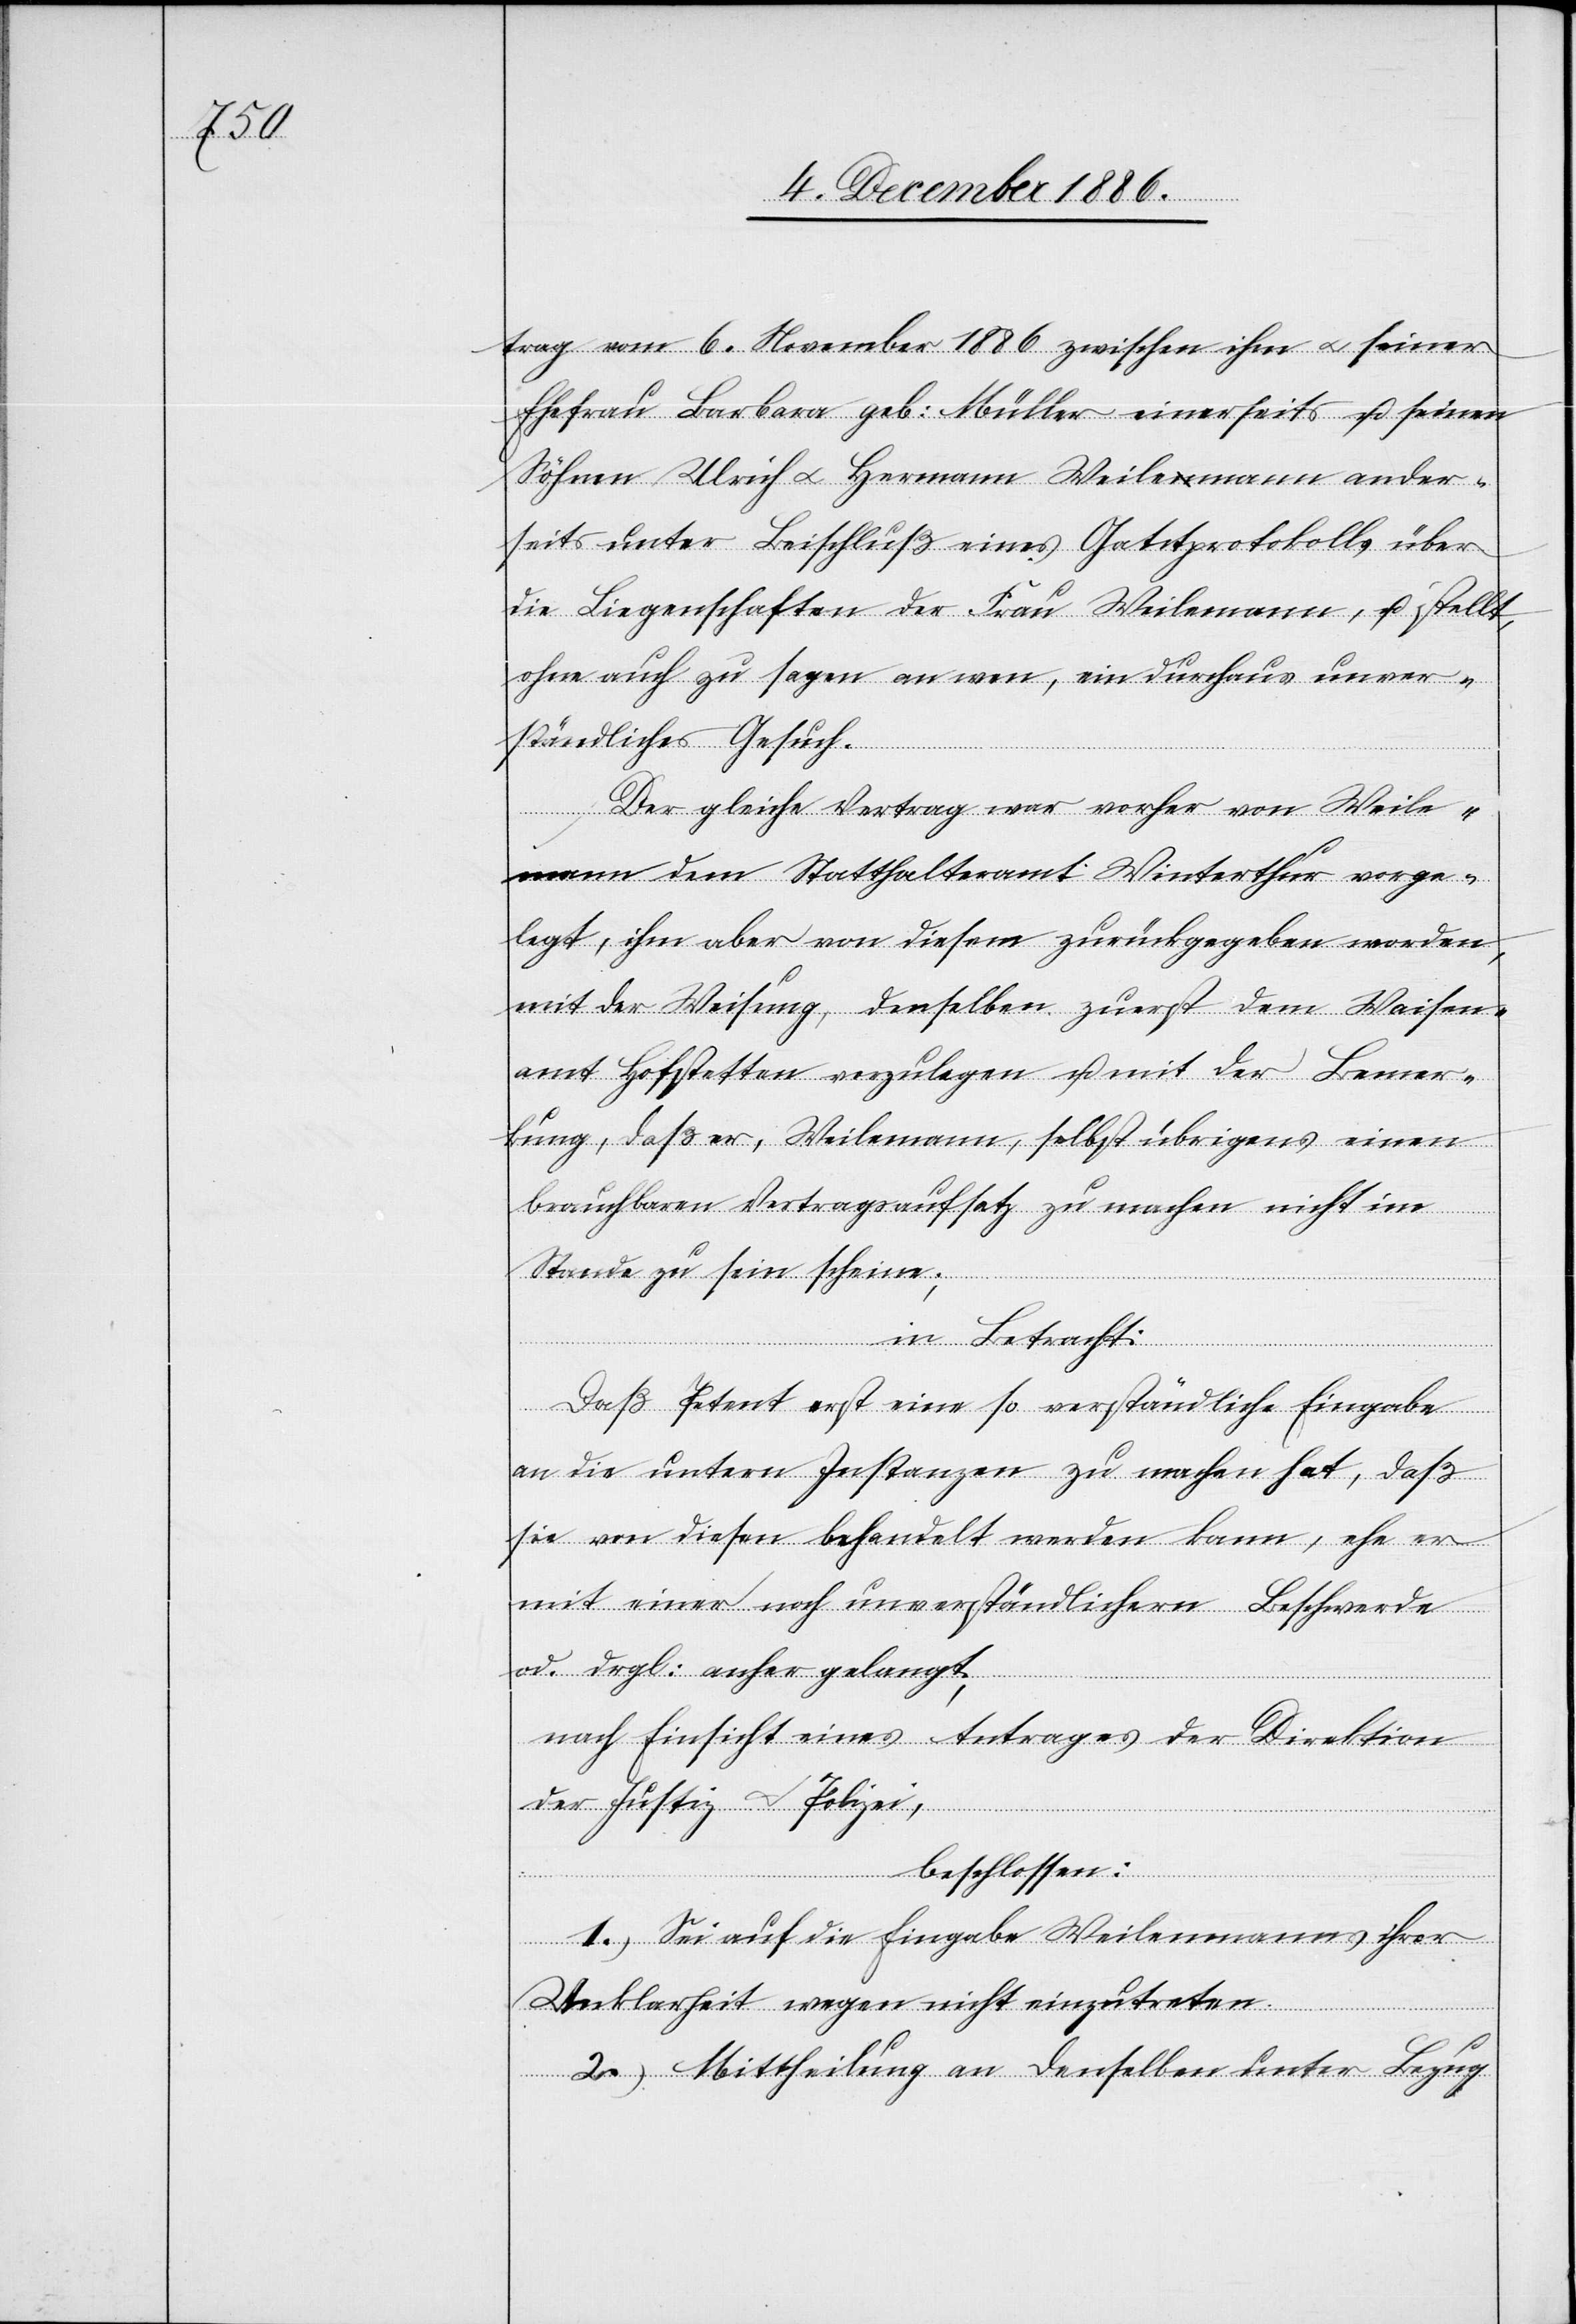
trag vom 6. November 1886 zwischen ihm & seiner
Ehefrau Barbara geb. Müller einerseits u. seinen
Söhnen Ulrich & Hermann Weilemann [sic!] ander¬
seits unter Beischluß eines Gantprotokolls über
die Liegenschaften der Frau Weilemann, u. stellt,
ohne auch zu sagen an wen, ein durchaus unver¬
ständliches Gesuch.
Der gleiche Vertrag war vorher von Weile¬
mann dem Statthalteramt Winterthur vorge¬
legt, ihm aber von diesem zurückgegeben worden,
mit der Weisung, denselben zuerst dem Waisen¬
amt Hofstetten vorzulegen u. mit der Bemer¬
kung, daß er, Weilemann, selbst übrigens einen
brauchbaren Vertragsaufsatz zu machen nicht im
Stande zu sein scheine;
in Betracht:
Daß Petent erst eine so verständliche Eingabe
an die untern Instanzen zu machen hat, daß
sie von diesen behandelt werden kann, ehe er
mit einer noch unverständlichern Beschwerde
od. drgl. anher gelangt;
nach Einsicht eines Antrages der Direction
der Justiz & Polizei,
beschlossen:
1.) Sei auch die Eingabe Weilenmanns ihrer
Unklarheit wegen nicht einzutreten.
2.) Mittheilung an denselben unter Bezug